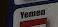
yemen